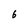
Character: 6